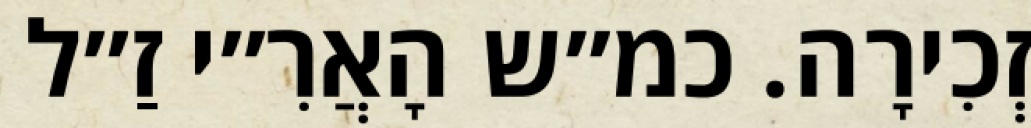
זְכִירָה. כמ״ש הָאֲרִ״י זַ״ל